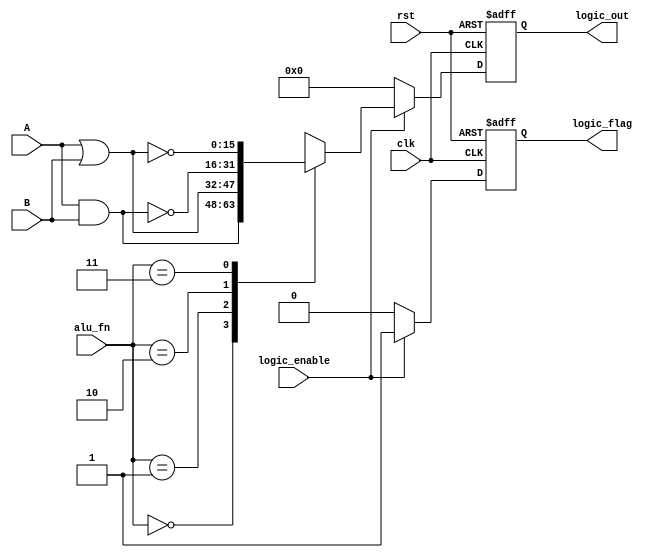
module logic_unit#(parameter in_data_width=16,out_data_width=16)(
input signed[in_data_width-1:0]  A,B,
input clk,rst,logic_enable,
input [1:0]alu_fn,
output reg logic_flag,
output reg [out_data_width-1:0]logic_out
);

reg logic_flag_next;
reg [out_data_width-1:0]logic_out_next;

always @(posedge clk , negedge rst) begin
    if(!rst)begin
        logic_out<=0;
        logic_flag<=0;
    end
    else begin
        logic_out<=logic_out_next;
        logic_flag<=logic_flag_next;
    end    
end


always @(*) begin
    if(logic_enable) begin
        logic_flag_next=1;
    case (alu_fn)
        2'b00: logic_out_next= A & B;
        2'b01: logic_out_next= A | B;
        2'b10: logic_out_next=~(A & B);
        2'b11: logic_out_next=~(A | B);
    endcase
    end
    else begin
        logic_flag_next=0;
        logic_out_next=0;
    end
end
endmodule